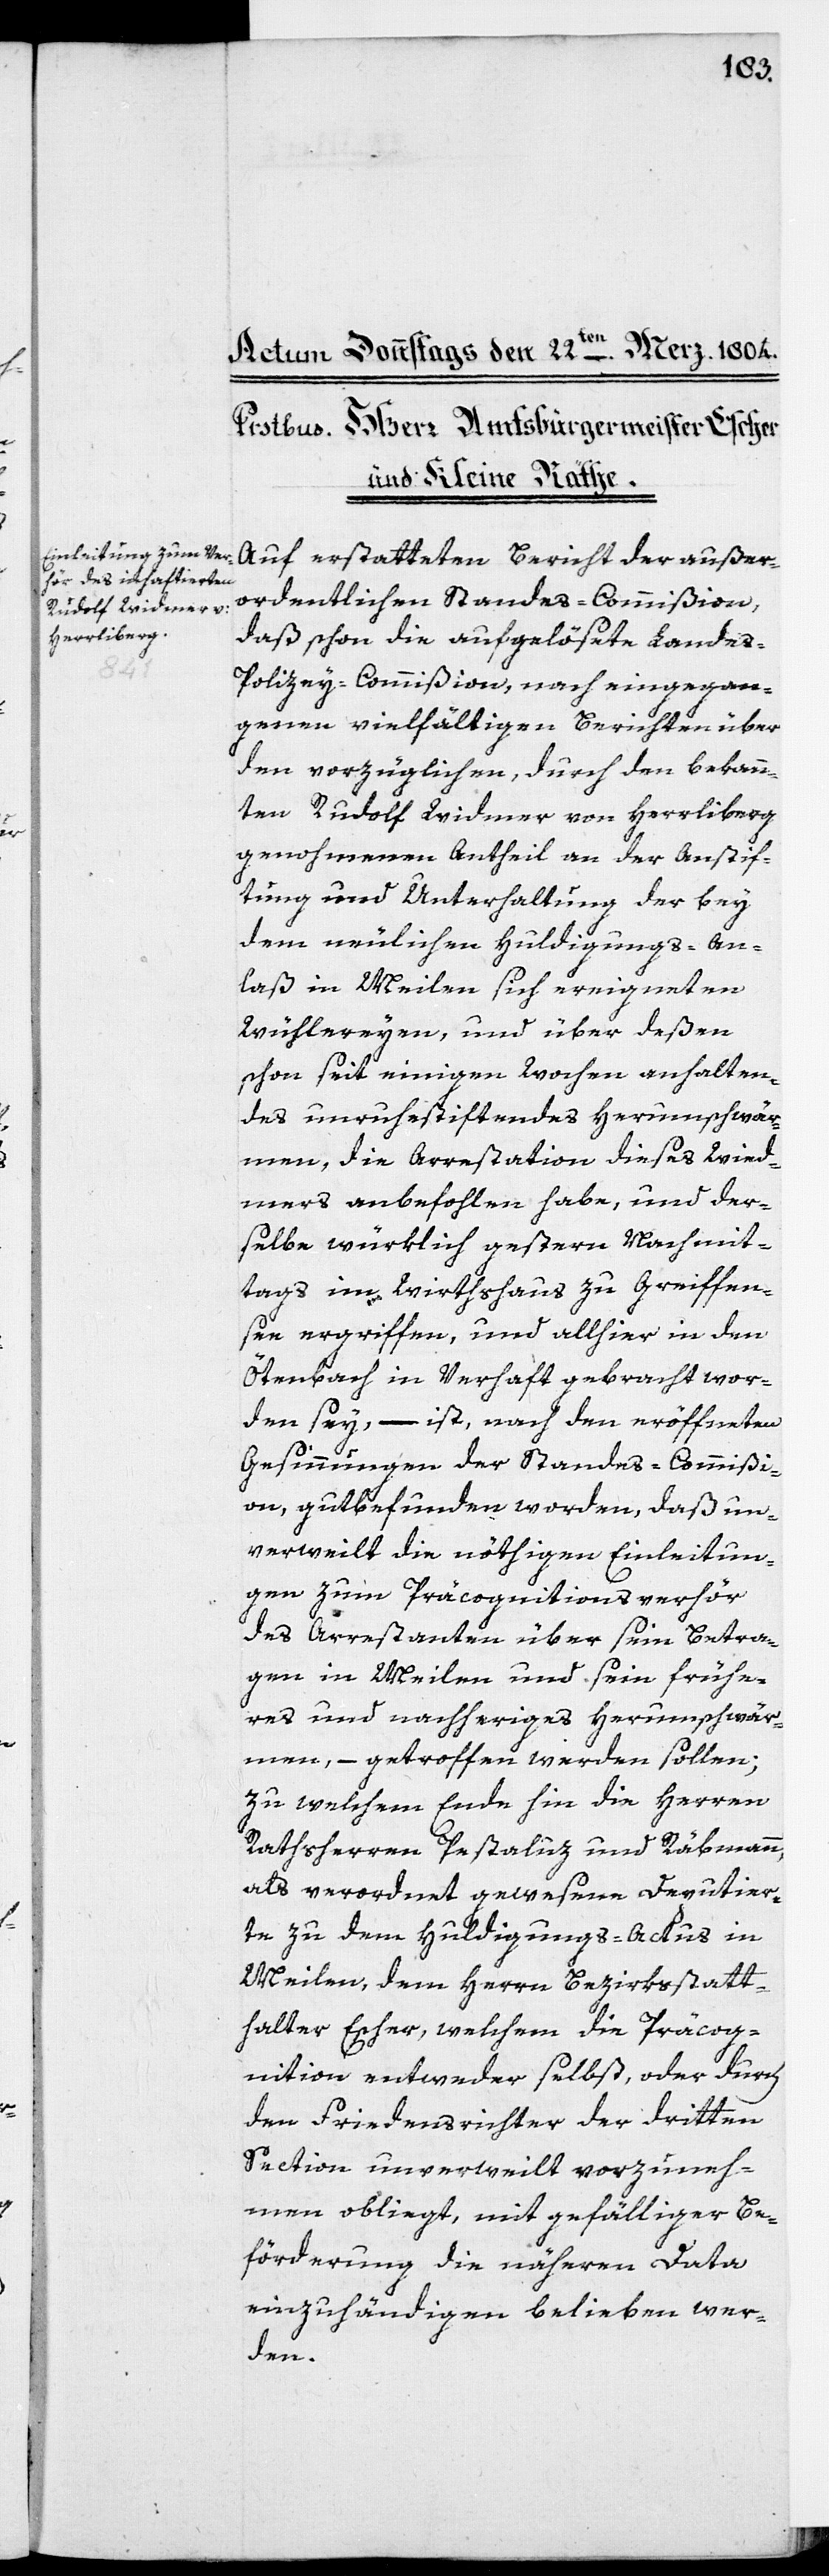
Auf erstatteten Bericht der außer¬
odentlichen Standes-Commißion,
daß schon die aufgelösete Landes-P¬
olizey-Commißion, nach eingegan¬
genen vielfältigen Berichten über
den vorzüglichen, durch den bekann¬
ten Rudolf Widmer von Herrliberg
genommenen Antheil an der Anstif¬
tung und Unterhaltung der bey
dem neulichen Huldigungs-An¬
laß in Meilen sich ereigneten
Wühlereyen, und über deßen
schon seit einigen Wochen anhalten¬
des unruhestiftendes Herumschwär¬
men, die Arrestation dieses Wied¬
mers [sic!] anbefohlen habe, und der¬
selbe würklich gestern Nachmit¬
tag im Wirthshaus zu Greiffen¬
see ergriffen, und allhier in den
Ötenbach in Verhaft gebracht wor¬
den sey, – ist, nach den eröffneten
Gesinnungen der Standes-Commißi¬
on gutbefunden worden, daß un¬
verweilt die nöthigen Einleitun¬
gen zum Präcognitionsverhör
des Arrestanten über sein Betra¬
gen in Meilen und sein frühe¬
res und nachheriges Herumschwär¬
men, – getroffen werden sollen;
zu welchem Ende hin die Herren
Rathsherren Pestaluz und Räbmann,
als verordnet gewesene Deputier¬
te zu dem Huldigungs-Actus in
Meilen, dem Herrn Bezirksstatt¬
halter Escher, welchem die Präcog¬
nition entweder selbst, oder durch
den Friedensrichter der dritten
Section unverweilt vorzuneh¬
men obliegt, mit gefälliger Be¬
förderung die näheren Data
einzuhändigen belieben wer¬
den.